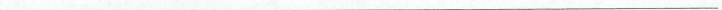
___